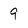
Character: 9